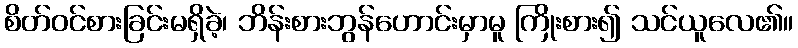
စိတ်ဝင်စားခြင်းမရှိခဲ့၊ ဘိန်းစားဘွန်ဟောင်းမှာမူ ကြိုးစား၍ သင်ယူလေ၏။